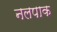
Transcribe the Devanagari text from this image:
नलपाक